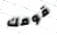
قومك